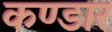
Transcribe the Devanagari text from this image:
कण्डार